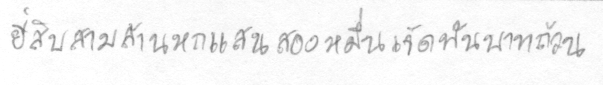
ยี่สิบสามล้านหกแสนสองหมื่นเจ็ดพันบาทถ้วน